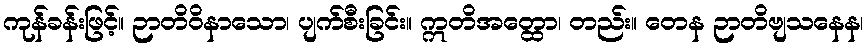
ကုန်ခန်းဖြင့်။ ဉာတိဝိနာသော၊ ပျက်စီးခြင်း။ ဣတိအတ္ထော၊ တည်း။ တေန ဉာတိဗျသနေန၊